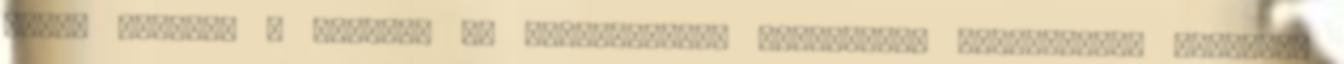
Helyi tanterv a Földünk és környezetünk műveltségi területhez. Földrajz